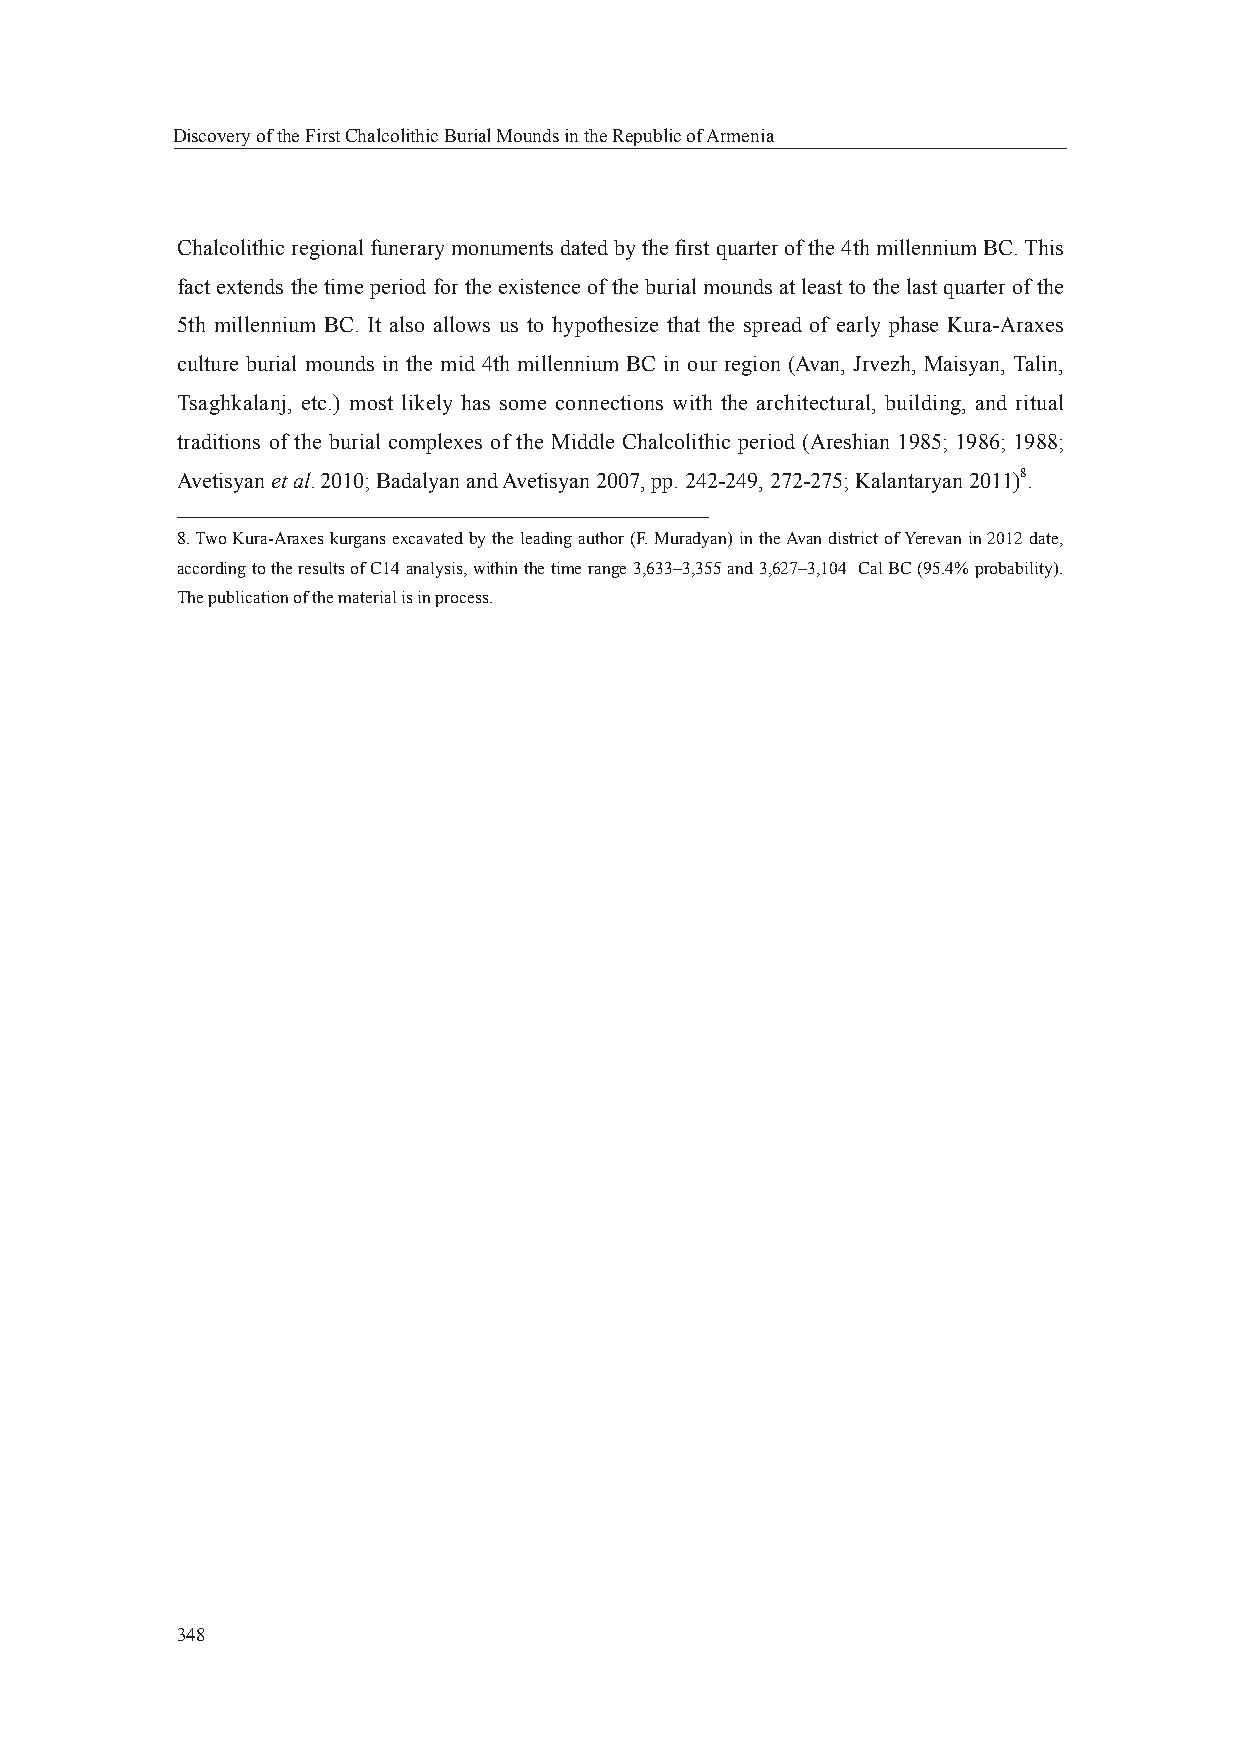
Discovery of the First Chalcolithic Burial Mounds in the Republic of Armenia
 Chalcolithic regional funerary monuments dated by the fi rst quarter of the 4th millennium BC. This
 fact extends the time period for the existence of the burial mounds at least to the last quarter of the
 5th millennium BC. It also allows us to hypothesize that the spread of early phase Kura-Araxes
 culture burial mounds in the mid 4th millennium BC in our region (Avan, Jrvezh, Maisyan, Talin,
 Tsaghkalanj, etc.) most likely has some connections with the architectural, building, and ritual
 traditions of the burial complexes of the Middle Chalcolithic period (Areshian 1985; 1986; 1988;
 Avetisyan et al. 2010; Badalyan and Avetisyan 2007, pp. 242-249, 272-275; Kalantaryan 2011)8.
 8. Two Kura-Araxes kurgans excavated by the leading author (F. Muradyan) in the Avan district of Yerevan in 2012 date,
 according to the results of C14 analysis, within the time range 3,633–3,355 and 3,627–3,104 Cal BC (95.4% probability).
 The publication of the material is in process.
 348